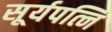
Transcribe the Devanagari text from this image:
सूर्यपत्नि